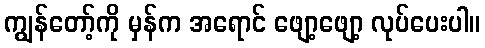
ကျွန်တော့်ကို မှန်က အရောင် ဖျော့ဖျော့ လုပ်ပေးပါ။